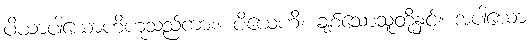
ပိယာပါယောဟိဟူသည်ကား။ ပိယေဟိ၊ ချစ်သောသူတို့နှင့်။ အပါယော